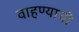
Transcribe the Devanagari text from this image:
वाहण्‍याची